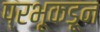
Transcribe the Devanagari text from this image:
प्रभूकडून